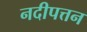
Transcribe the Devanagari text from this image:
नदीपत्तन